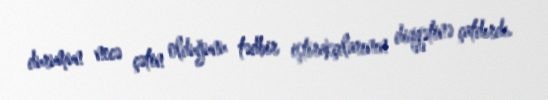
durumun necə çətin olduğunu tədbir iştirakçılarının diqqətinə çatdırdı.